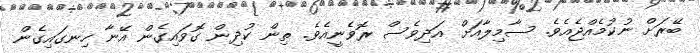
ބޭރަށް ނުކުމެއްޖެއެވެ. ސާމިލާއަށް އަދިވެސް ރޮވެނީއެވެ. ތިން ކުދިން ގޮވައިގެން އޭނާ ހިނގައިގެން